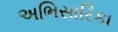
અભિસારિકા